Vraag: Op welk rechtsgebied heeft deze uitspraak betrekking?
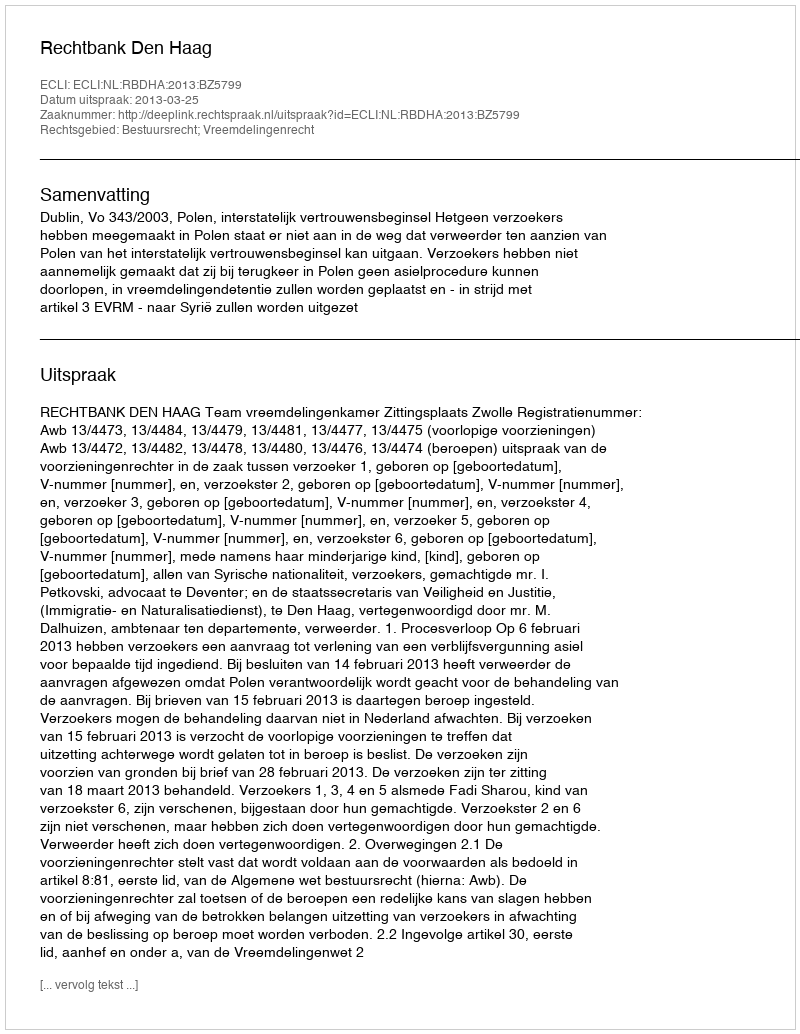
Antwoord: Bestuursrecht; Vreemdelingenrecht